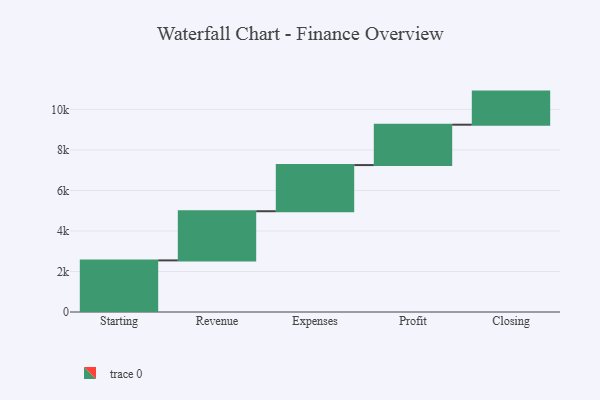
{"axis": {"x": "Step", "y": "Value"}, "legend": [""], "data": [{"x": "Starting", "y": 2548.0, "type": ""}, {"x": "Revenue", "y": 2427.0, "type": ""}, {"x": "Expenses", "y": 2279.0, "type": ""}, {"x": "Profit", "y": 1993.0, "type": ""}, {"x": "Closing", "y": 1634.0, "type": ""}]}